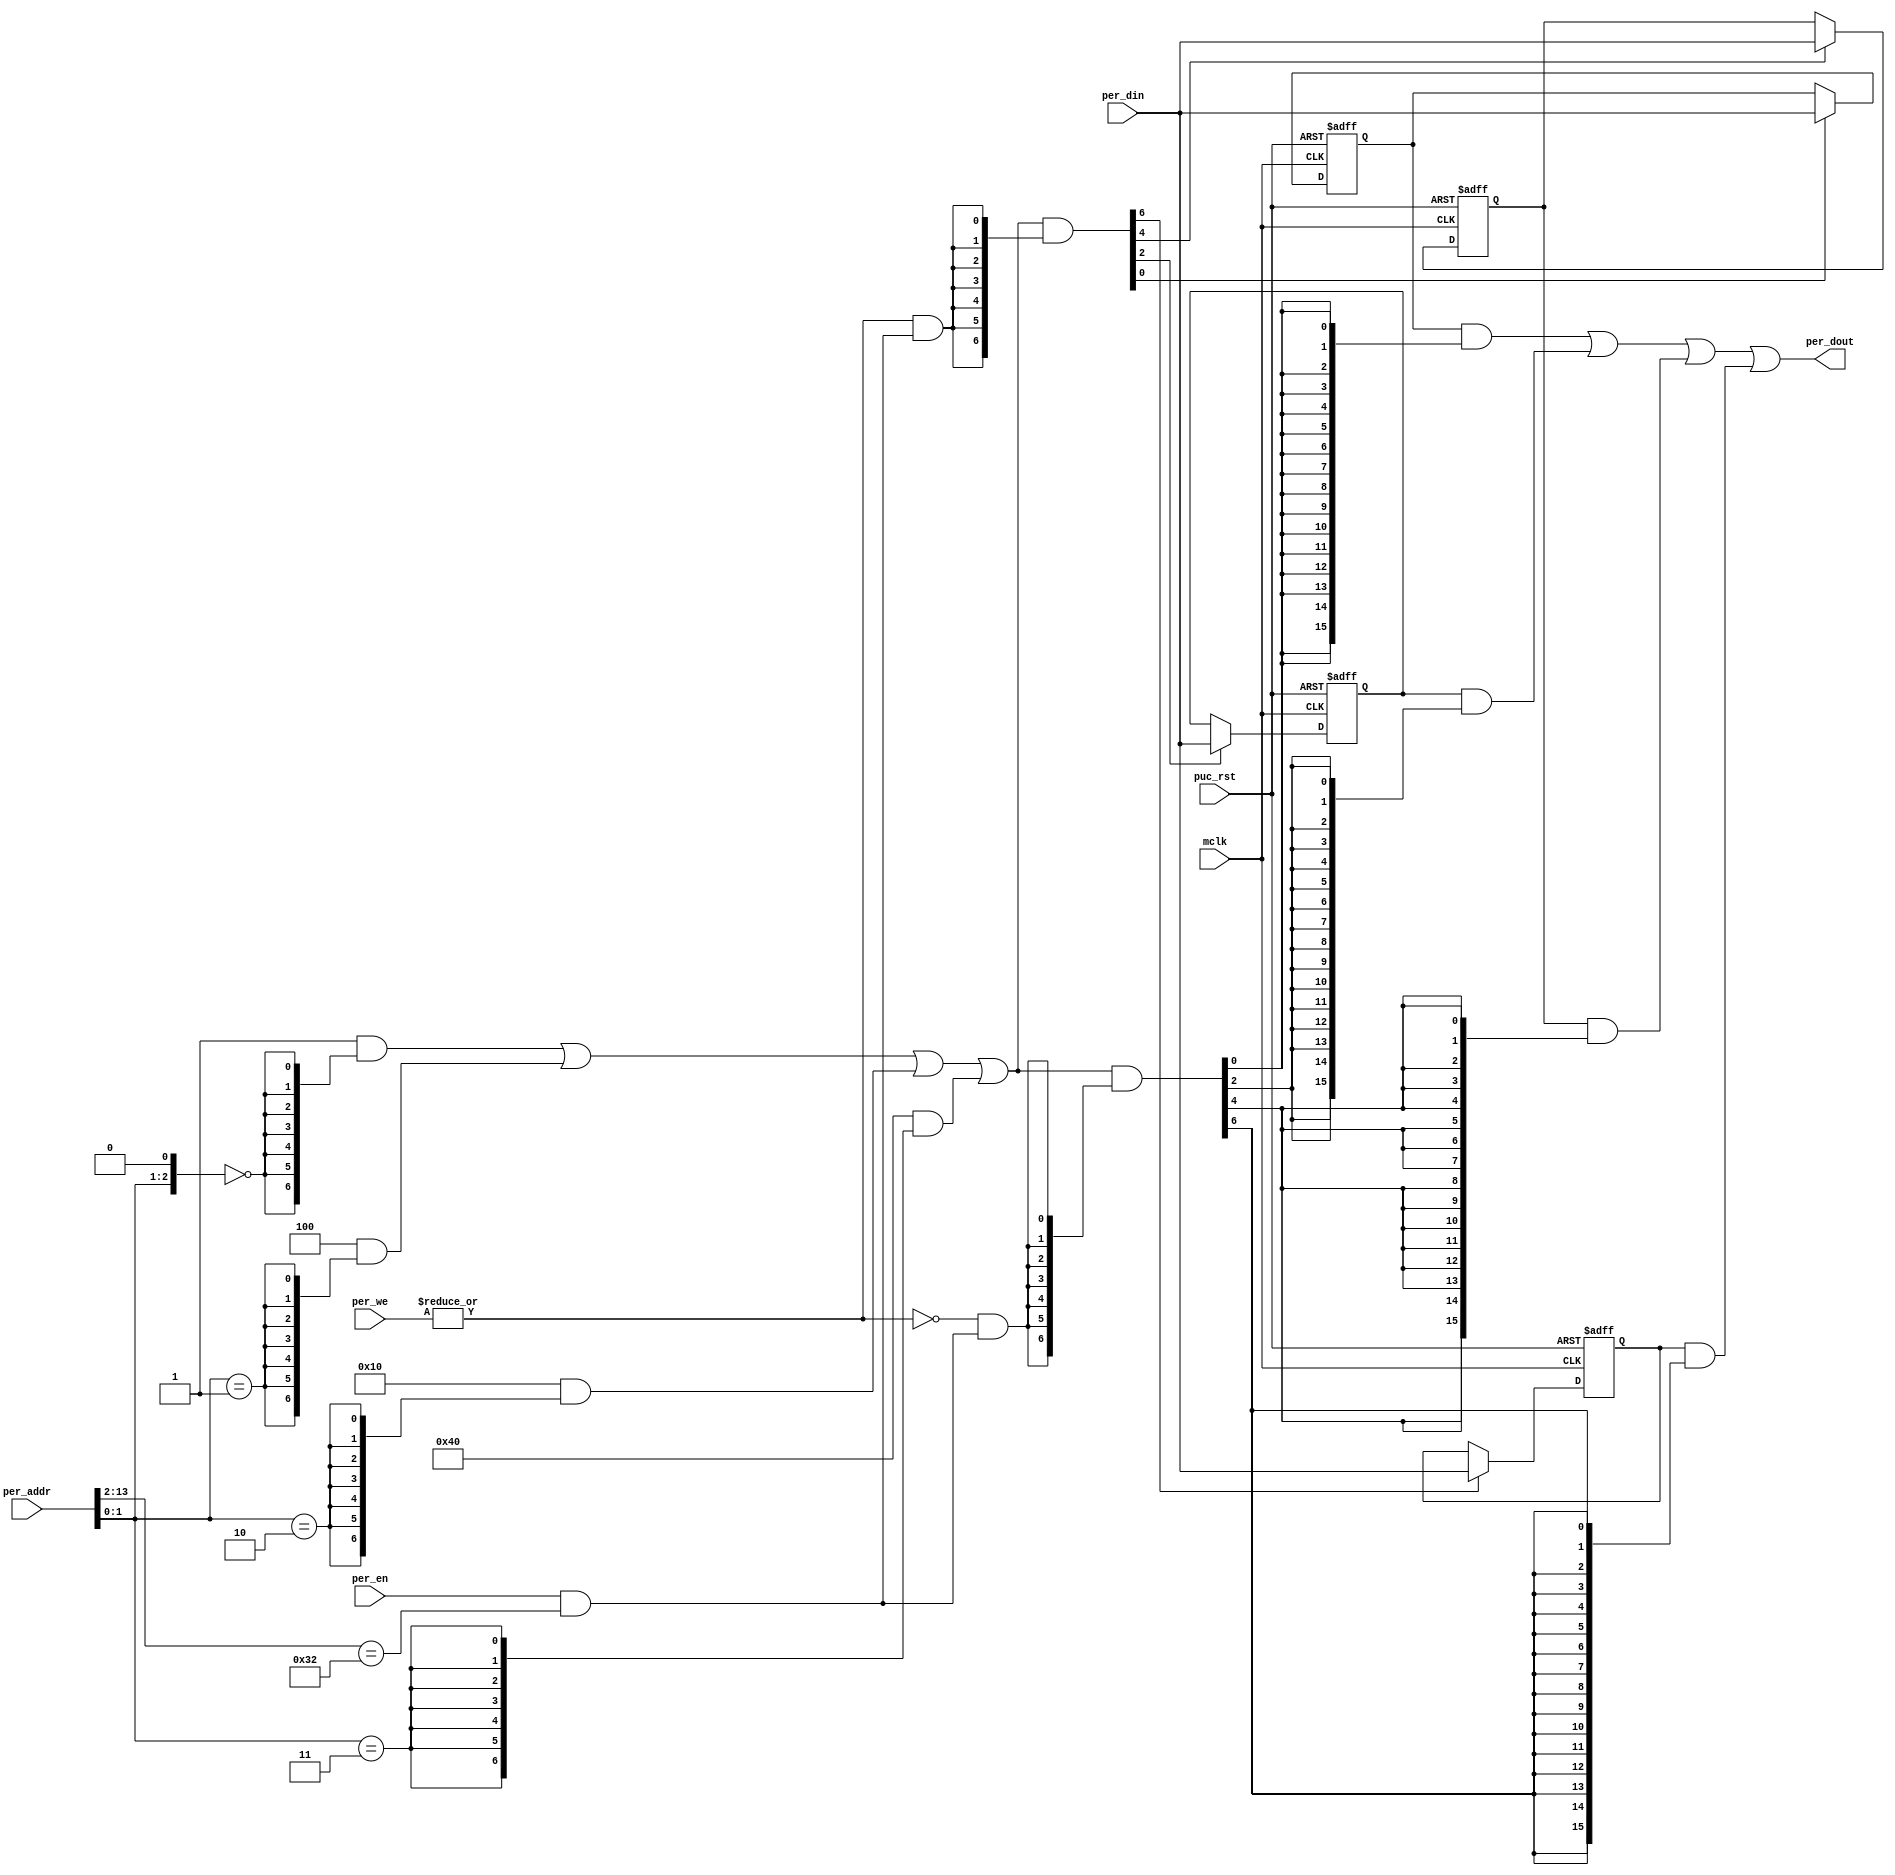
//----------------------------------------------------------------------------
// Copyright (C) 2009 , Olivier Girard
//
// Redistribution and use in source and binary forms, with or without
// modification, are permitted provided that the following conditions
// are met:
//     * Redistributions of source code must retain the above copyright
//       notice, this list of conditions and the following disclaimer.
//     * Redistributions in binary form must reproduce the above copyright
//       notice, this list of conditions and the following disclaimer in the
//       documentation and/or other materials provided with the distribution.
//     * Neither the name of the authors nor the names of its contributors
//       may be used to endorse or promote products derived from this software
//       without specific prior written permission.
//
// THIS SOFTWARE IS PROVIDED BY THE COPYRIGHT HOLDERS AND CONTRIBUTORS "AS IS"
// AND ANY EXPRESS OR IMPLIED WARRANTIES, INCLUDING, BUT NOT LIMITED TO, THE
// IMPLIED WARRANTIES OF MERCHANTABILITY AND FITNESS FOR A PARTICULAR PURPOSE
// ARE DISCLAIMED. IN NO EVENT SHALL THE COPYRIGHT HOLDER OR CONTRIBUTORS BE
// LIABLE FOR ANY DIRECT, INDIRECT, INCIDENTAL, SPECIAL, EXEMPLARY,
// OR CONSEQUENTIAL DAMAGES (INCLUDING, BUT NOT LIMITED TO, PROCUREMENT OF
// SUBSTITUTE GOODS OR SERVICES; LOSS OF USE, DATA, OR PROFITS; OR BUSINESS
// INTERRUPTION) HOWEVER CAUSED AND ON ANY THEORY OF LIABILITY, WHETHER IN
// CONTRACT, STRICT LIABILITY, OR TORT (INCLUDING NEGLIGENCE OR OTHERWISE)
// ARISING IN ANY WAY OUT OF THE USE OF THIS SOFTWARE, EVEN IF ADVISED OF
// THE POSSIBILITY OF SUCH DAMAGE
//
//----------------------------------------------------------------------------
//
// *File Name: template_periph_16b.v
// 
// *Module Description:
//                       16 bit peripheral template.
//
// *Author(s):
//              - Olivier Girard,    olgirard@gmail.com
//
//----------------------------------------------------------------------------
// $Rev$
// $LastChangedBy$
// $LastChangedDate$
//----------------------------------------------------------------------------

module  template_periph_16b (

// OUTPUTs
    per_dout,                       // Peripheral data output

// INPUTs
    mclk,                           // Main system clock
    per_addr,                       // Peripheral address
    per_din,                        // Peripheral data input
    per_en,                         // Peripheral enable (high active)
    per_we,                         // Peripheral write enable (high active)
    puc_rst                         // Main system reset
);

// OUTPUTs
//=========
output       [15:0] per_dout;       // Peripheral data output

// INPUTs
//=========
input               mclk;           // Main system clock
input        [13:0] per_addr;       // Peripheral address
input        [15:0] per_din;        // Peripheral data input
input               per_en;         // Peripheral enable (high active)
input         [1:0] per_we;         // Peripheral write enable (high active)
input               puc_rst;        // Main system reset


//=============================================================================
// 1)  PARAMETER DECLARATION
//=============================================================================

// Register base address (must be aligned to decoder bit width)
parameter       [14:0] BASE_ADDR   = 15'h0190;

// Decoder bit width (defines how many bits are considered for address decoding)
parameter              DEC_WD      =  3;

// Register addresses offset
parameter [DEC_WD-1:0] CNTRL1      = 'h0,
                       CNTRL2      = 'h2,
                       CNTRL3      = 'h4,
                       CNTRL4      = 'h6;

// Register one-hot decoder utilities
parameter              DEC_SZ      =  (1 << DEC_WD);
parameter [DEC_SZ-1:0] BASE_REG    =  {{DEC_SZ-1{1'b0}}, 1'b1};

// Register one-hot decoder
parameter [DEC_SZ-1:0] CNTRL1_D    = (BASE_REG << CNTRL1),
                       CNTRL2_D    = (BASE_REG << CNTRL2),
                       CNTRL3_D    = (BASE_REG << CNTRL3),
                       CNTRL4_D    = (BASE_REG << CNTRL4);


//============================================================================
// 2)  REGISTER DECODER
//============================================================================

// Local register selection
wire              reg_sel   =  per_en & (per_addr[13:DEC_WD-1]==BASE_ADDR[14:DEC_WD]);

// Register local address
wire [DEC_WD-1:0] reg_addr  =  {per_addr[DEC_WD-2:0], 1'b0};

// Register address decode
wire [DEC_SZ-1:0] reg_dec   =  (CNTRL1_D  &  {DEC_SZ{(reg_addr == CNTRL1 )}})  |
                               (CNTRL2_D  &  {DEC_SZ{(reg_addr == CNTRL2 )}})  |
                               (CNTRL3_D  &  {DEC_SZ{(reg_addr == CNTRL3 )}})  |
                               (CNTRL4_D  &  {DEC_SZ{(reg_addr == CNTRL4 )}});

// Read/Write probes
wire              reg_write =  |per_we & reg_sel;
wire              reg_read  = ~|per_we & reg_sel;

// Read/Write vectors
wire [DEC_SZ-1:0] reg_wr    = reg_dec & {DEC_SZ{reg_write}};
wire [DEC_SZ-1:0] reg_rd    = reg_dec & {DEC_SZ{reg_read}};


//============================================================================
// 3) REGISTERS
//============================================================================

// CNTRL1 Register
//-----------------   
reg  [15:0] cntrl1;

wire        cntrl1_wr = reg_wr[CNTRL1];

always @ (posedge mclk or posedge puc_rst)
  if (puc_rst)        cntrl1 <=  16'h0000;
  else if (cntrl1_wr) cntrl1 <=  per_din;

   
// CNTRL2 Register
//-----------------   
reg  [15:0] cntrl2;

wire        cntrl2_wr = reg_wr[CNTRL2];

always @ (posedge mclk or posedge puc_rst)
  if (puc_rst)        cntrl2 <=  16'h0000;
  else if (cntrl2_wr) cntrl2 <=  per_din;

   
// CNTRL3 Register
//-----------------   
reg  [15:0] cntrl3;

wire        cntrl3_wr = reg_wr[CNTRL3];

always @ (posedge mclk or posedge puc_rst)
  if (puc_rst)        cntrl3 <=  16'h0000;
  else if (cntrl3_wr) cntrl3 <=  per_din;

   
// CNTRL4 Register
//-----------------   
reg  [15:0] cntrl4;

wire        cntrl4_wr = reg_wr[CNTRL4];

always @ (posedge mclk or posedge puc_rst)
  if (puc_rst)        cntrl4 <=  16'h0000;
  else if (cntrl4_wr) cntrl4 <=  per_din;


//============================================================================
// 4) DATA OUTPUT GENERATION
//============================================================================

// Data output mux
wire [15:0] cntrl1_rd  = cntrl1  & {16{reg_rd[CNTRL1]}};
wire [15:0] cntrl2_rd  = cntrl2  & {16{reg_rd[CNTRL2]}};
wire [15:0] cntrl3_rd  = cntrl3  & {16{reg_rd[CNTRL3]}};
wire [15:0] cntrl4_rd  = cntrl4  & {16{reg_rd[CNTRL4]}};

wire [15:0] per_dout   =  cntrl1_rd  |
                          cntrl2_rd  |
                          cntrl3_rd  |
                          cntrl4_rd;


endmodule // template_periph_16b